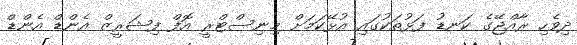
ދިވެހި ރާއްޖޭގެ ކަނޑު ފަޅުތަކުގައި އުޅޭކަމަށް މިނިސްޓްރީ އޮފް ފިޝަރީޒް އެންޑް އެންޑް